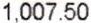
1,007.50